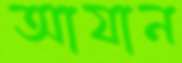
আযান